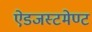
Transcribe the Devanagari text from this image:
ऐडजस्टमेण्ट